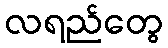
လရည်တွေ